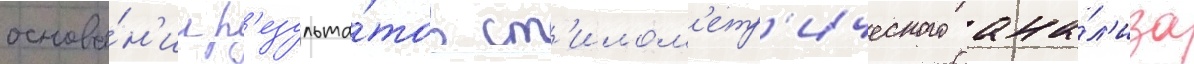
основа́н'ии р'езульта́тов ст'илом'етр'ического ана́л'иза